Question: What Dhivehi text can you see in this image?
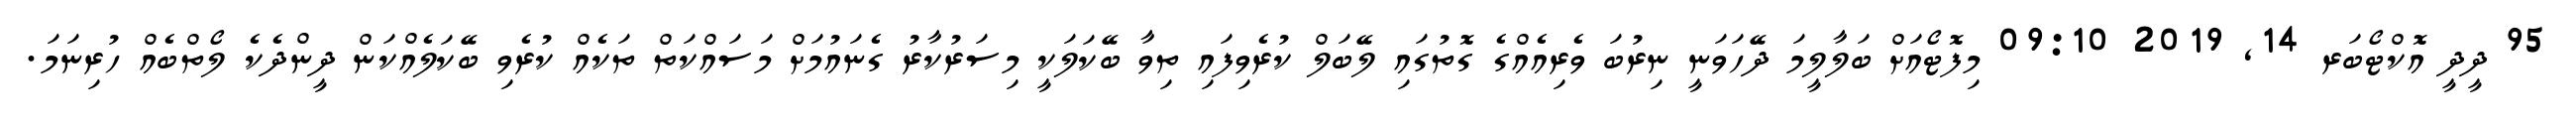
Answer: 95 ދީދީ އޮކްޓޯބަރ 14, 2019 09:10 މިފޮޓޯއަށް ބަލާލީމަ ދޭހަވަނީ ނިރުބަ ވެރިއެއްގެ ގޮތުގައި ލޭބަލް ކުރެވިފައި ތިވާ ބޭކަލަކީ މިސަރުކާރު ގެނައުމަށް މަސައްކަތް ތަކެއް ކުރެވި ބޭކަލެއްކަން ދީންދެކެ ލޯތްބެއް ހުރިނަމަ.